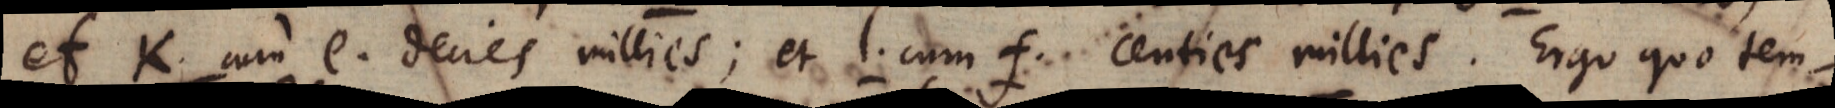
et k cum e decies millies; et l cum f centies millies. Ergo quo tem-